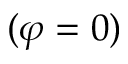
( \varphi = 0 )